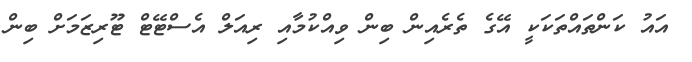
އައު ކަންތައްތަކަކީ އޭގެ ތެރެއިން ބިން ވިއްކުމާއި ރިއަލް އެސްޓޭޓް ޓޫރިޒަމަށް ބިން